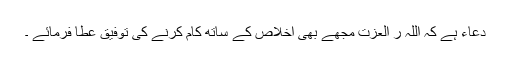
دعاء ہے کہ اللہ ر العزت مجھے بھی اخلاص کے ساتھ کام کرنے کی توفیق عطا فرمائے ۔